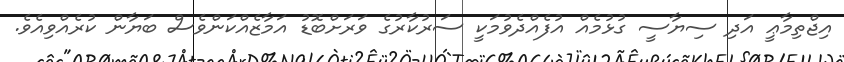
އިޖްތިމާޢީ އަދި ސިޔާސީ ގުޅުމެއް އުފެއްދެވުމަކީ ސަރުކާރުގެ ވަރަށްބޮޑު އަމާޒެއްކަންވެސް ބަޔާން ކުރެއްވިއެވެ.